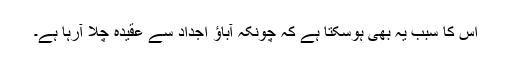
اس کا سبب یہ بھی ہوسکتا ہے کہ چونکہ آباؤ اجداد سے عقیدہ چلا آرہا ہے۔